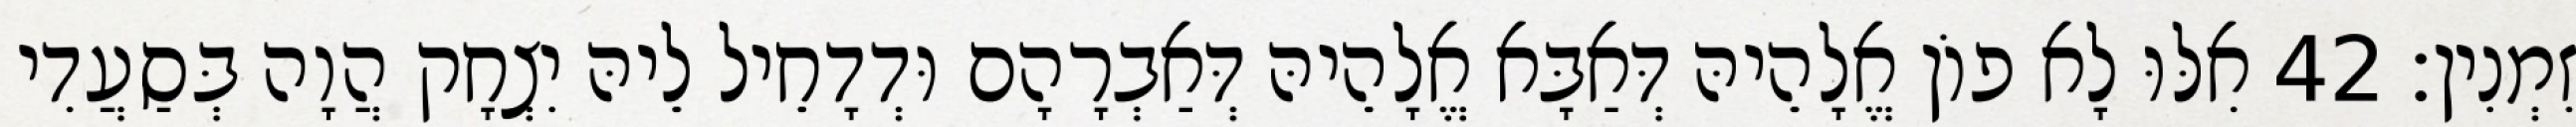
זִמְנִין׃ 42 אִלּוּ לָא פוֹן אֱלָהֵיהּ דְּאַבָּא אֱלָהֵיהּ דְּאַבְרָהָם וּדְדָחֵיל לֵיהּ יִצְחָק הֲוָה בְּסַעֲדִי